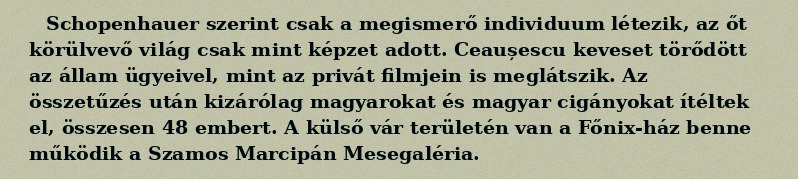
Schopenhauer szerint csak a megismerő individuum létezik, az őt körülvevő világ csak mint képzet adott. Ceaușescu keveset törődött az állam ügyeivel, mint az privát filmjein is meglátszik. Az összetűzés után kizárólag magyarokat és magyar cigányokat ítéltek el, összesen 48 embert. A külső vár területén van a Főnix-ház benne működik a Szamos Marcipán Mesegaléria.